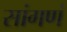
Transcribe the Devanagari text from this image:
सांगणं